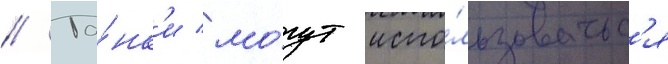
// Та́нк'и мо́гут испо́льзоватьс'я